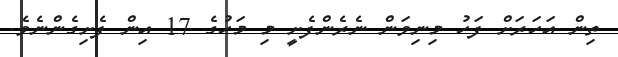
ތިން އަހަރަށް ފަހު މިނިވަން ނެރެންފެށީ މި މަހުގެ 17 އިން ފެށިގެންނެވެ.